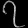
Digit: ၇